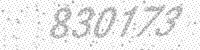
Solution: 830173